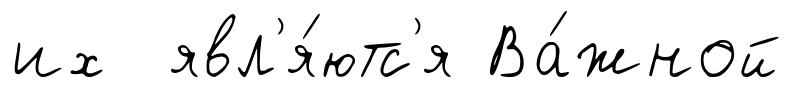
их явл'я́ютс'я Ва́жной